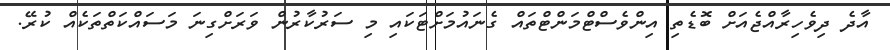
އާދެ ދިވެހިރާއްޖެއަށް ބޮޑެތި އިންވެސްޓްމަންޓްތައް ގެނައުމަށްޓަކައި މި ސަރުކާރުން ވަރަށްގިނަ މަސައްކަތްތަކެއް ކުރޭ.